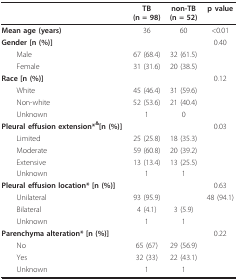
<table><thead><tr><td></td><td><b>TB(n = 98)</b></td><td><b>non-TB(n = 52)</b></td><td><b>p value</b></td></tr></thead><tbody><tr><td><b>Mean age (years)</b></td><td>36</td><td>60</td><td>&lt;0.01</td></tr><tr><td><b>Gender [n (%)]</b></td><td></td><td></td><td>0.40</td></tr><tr><td> Male</td><td>67 (68.4)</td><td>32 (61.5)</td><td></td></tr><tr><td> Female</td><td>31 (31.6)</td><td>20 (38.5)</td><td></td></tr><tr><td><b>Race [n (%)]</b></td><td></td><td></td><td>0.12</td></tr><tr><td> White</td><td>45 (46.4)</td><td>31 (59.6)</td><td></td></tr><tr><td> Non-white</td><td>52 (53.6)</td><td>21 (40.4)</td><td></td></tr><tr><td> Unknown</td><td>1</td><td>0</td><td></td></tr><tr><td><b>Pleural effusion extension*<sup>&amp;</sup>[n (%)]</b></td><td></td><td></td><td>0.03</td></tr><tr><td> Limited</td><td>25 (25.8)</td><td>18 (35.3)</td><td></td></tr><tr><td> Moderate</td><td>59 (60.8)</td><td>20 (39.2)</td><td></td></tr><tr><td> Extensive</td><td>13 (13.4)</td><td>13 (25.5)</td><td></td></tr><tr><td> Unknown</td><td>1</td><td>1</td><td></td></tr><tr><td><b>Pleural effusion location* [n (%)]</b></td><td></td><td></td><td>0.63</td></tr><tr><td> Unilateral</td><td>93 (95.9)</td><td></td><td>48 (94.1)</td></tr><tr><td> Bilateral</td><td>4 (4.1)</td><td>3 (5.9)</td><td></td></tr><tr><td> Unknown</td><td>1</td><td>1</td><td></td></tr><tr><td><b>Parenchyma alteration* [n (%)]</b></td><td></td><td></td><td>0.22</td></tr><tr><td> No</td><td>65 (67)</td><td>29 (56.9)</td><td></td></tr><tr><td> Yes</td><td>32 (33)</td><td>22 (43.1)</td><td></td></tr><tr><td> Unknown</td><td>1</td><td>1</td><td></td></tr></tbody></table>